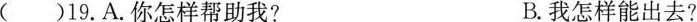
()19.A.你怎样帮助我? B.我怎样能出去?